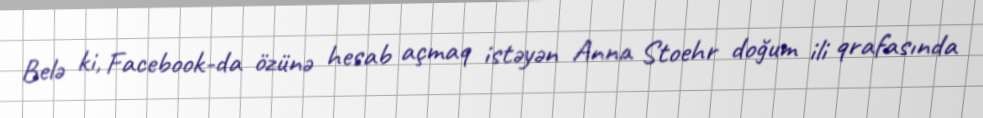
Belə ki, Facebook-da özünə hesab açmaq istəyən Anna Stoehr doğum ili qrafasında